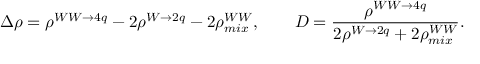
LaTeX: \Delta \rho = \rho ^ { W W \rightarrow 4 q } - 2 \rho ^ { W \rightarrow 2 q } - 2 \rho _ { m i x } ^ { W W } , \qquad D = \frac { \rho ^ { W W \rightarrow 4 q } } { 2 \rho ^ { W \rightarrow 2 q } + 2 \rho _ { m i x } ^ { W W } } .